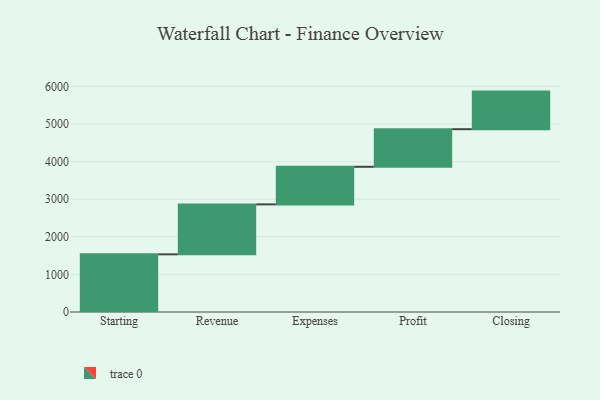
{"axis": {"x": "Step", "y": "Value"}, "legend": [""], "data": [{"x": "Starting", "y": 1534.0, "type": ""}, {"x": "Revenue", "y": 1329.0, "type": ""}, {"x": "Expenses", "y": 1000, "type": ""}, {"x": "Profit", "y": 1000, "type": ""}, {"x": "Closing", "y": 1000, "type": ""}]}